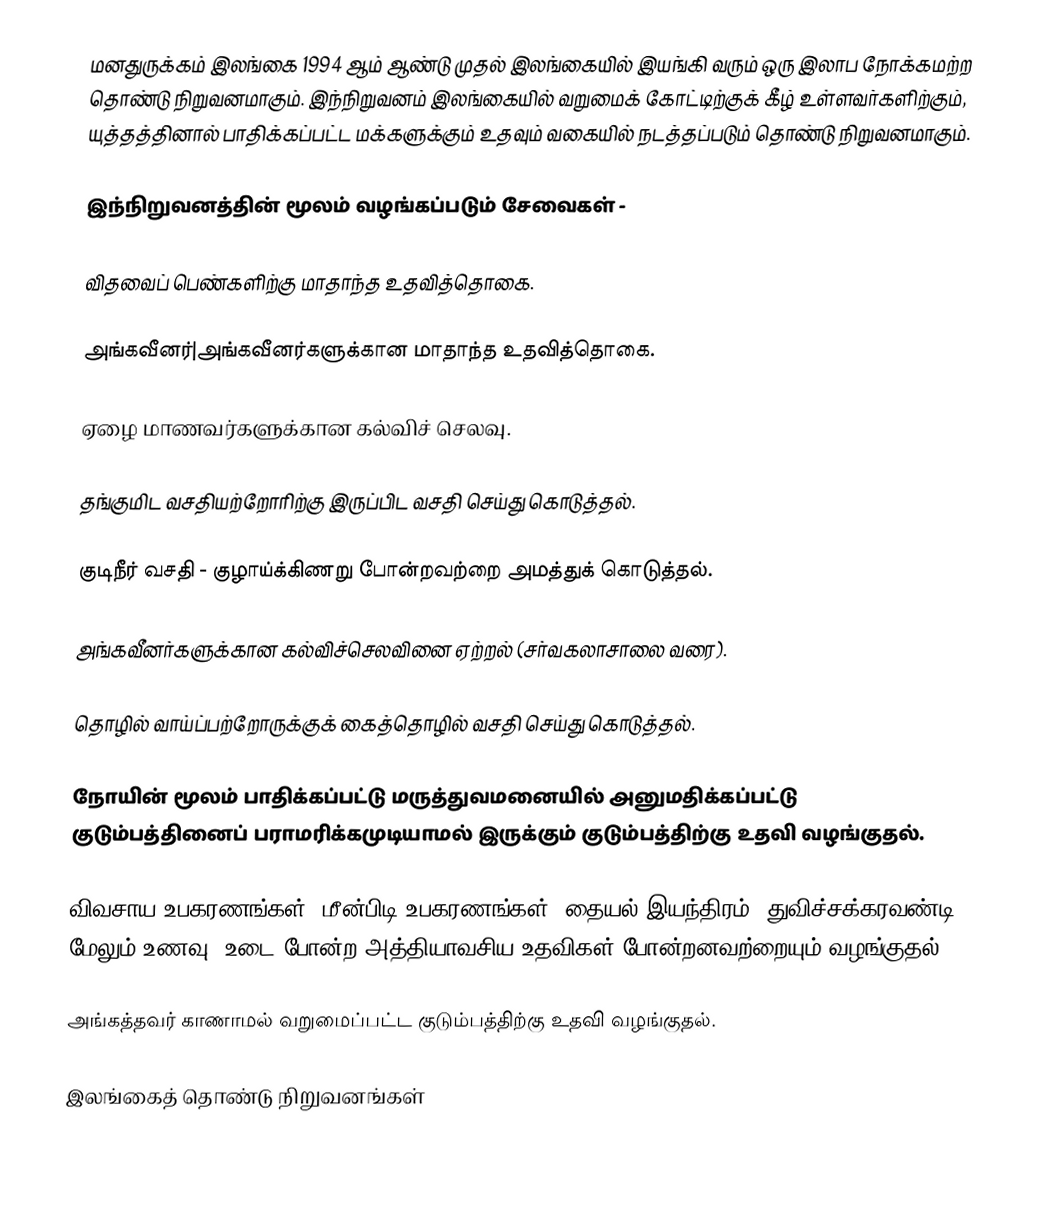
மனதுருக்கம் இலங்கை 1994 ஆம் ஆண்டு முதல் இலங்கையில் இயங்கி வரும் ஒரு இலாப நோக்கமற்ற தொண்டு நிறுவனமாகும். இந்நிறுவனம் இலங்கையில் வறுமைக் கோட்டிற்குக் கீழ் உள்ளவர்களிற்கும், யுத்தத்தினால் பாதிக்கப்பட்ட மக்களுக்கும் உதவும் வகையில் நடத்தப்படும் தொண்டு நிறுவனமாகும்.

இந்நிறுவனத்தின் மூலம் வழங்கப்படும் சேவைகள் -

 விதவைப் பெண்களிற்கு மாதாந்த உதவித்தொகை.

 அங்கவீனர்|அங்கவீனர்களுக்கான மாதாந்த உதவித்தொகை.

 ஏழை மாணவர்களுக்கான கல்விச் செலவு.

 தங்குமிட வசதியற்றோரிற்கு இருப்பிட வசதி செய்து கொடுத்தல்.

 குடிநீர் வசதி - குழாய்க்கிணறு போன்றவற்றை அமத்துக் கொடுத்தல்.

 அங்கவீனர்களுக்கான கல்விச்செலவினை ஏற்றல் (சர்வகலாசாலை வரை).

 தொழில் வாய்ப்பற்றோருக்குக் கைத்தொழில் வசதி செய்து கொடுத்தல்.

 நோயின் மூலம் பாதிக்கப்பட்டு மருத்துவமனையில் அனுமதிக்கப்பட்டு குடும்பத்தினைப் பராமரிக்கமுடியாமல் இருக்கும் குடும்பத்திற்கு உதவி வழங்குதல்.

 விவசாய உபகரணங்கள், மீன்பிடி உபகரணங்கள், தையல் இயந்திரம், துவிச்சக்கரவண்டி மேலும் உணவு, உடை போன்ற அத்தியாவசிய உதவிகள் போன்றனவற்றையும் வழங்குதல்.

 அங்கத்தவர் காணாமல் வறுமைப்பட்ட குடும்பத்திற்கு உதவி வழங்குதல்.

இலங்கைத் தொண்டு நிறுவனங்கள்